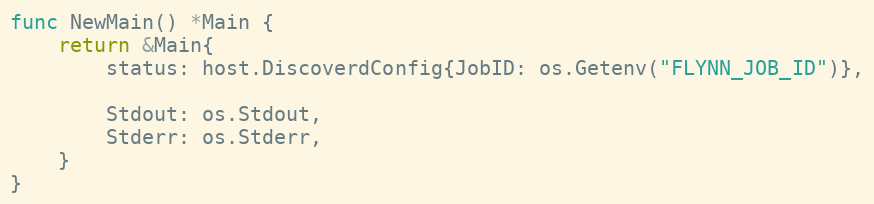
Language: Go
func NewMain() *Main {
	return &Main{
		status: host.DiscoverdConfig{JobID: os.Getenv("FLYNN_JOB_ID")},

		Stdout: os.Stdout,
		Stderr: os.Stderr,
	}
}